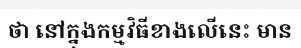
ថា នៅក្នុងកម្មវិធីខាងលើនេះ មាន